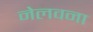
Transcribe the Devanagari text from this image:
नेलवना